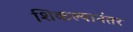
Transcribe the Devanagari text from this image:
शिकल्यानंतर